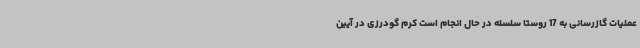
عملیات گازرسانی به 17 روستا سلسله در حال انجام است کرم گودرزی در آیین